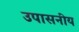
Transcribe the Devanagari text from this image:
उपासनीय